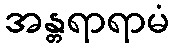
အန္တရာရာမံ